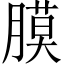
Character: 膜